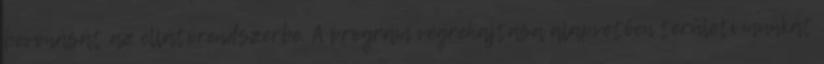
bevonását az ellátórendszerbe. A program végrehajtása alapvetően területi munkát